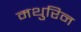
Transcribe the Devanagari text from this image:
मथुरिन